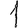
Digit: 1